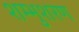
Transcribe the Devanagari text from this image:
शम्भुशरण